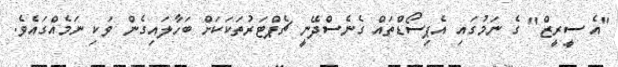
"އެ ސީރީޒް" ގެ ނަމުގައި އެޕިސޯޑްތައް ގެނެސްދޭނީ ޗެޕްޓަރުތަކަކަށް ބަހާލައިގެން ވަކި ނަމެއްގައެވެ.